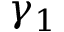
\gamma _ { 1 }